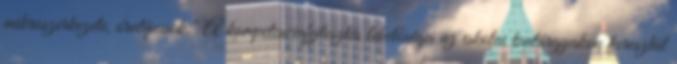
mikroszerkezete, óratípusok." A kompetenciafejlesztés lehetőségei az iskolai tantárgyakon keresztül